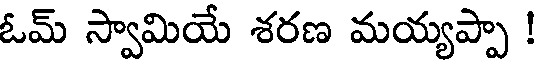
ఓమ్ స్వామియే శరణ మయ్యప్పా !